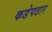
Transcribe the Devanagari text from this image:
कडेपठार